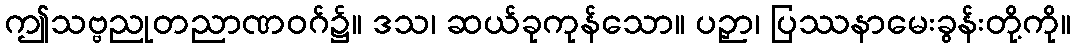
ဤသဗ္ဗညုတညာဏဝဂ်၌။ ဒသ၊ ဆယ်ခုကုန်သော။ ပဉှာ၊ ပြဿနာမေးခွန်းတို့ကို။